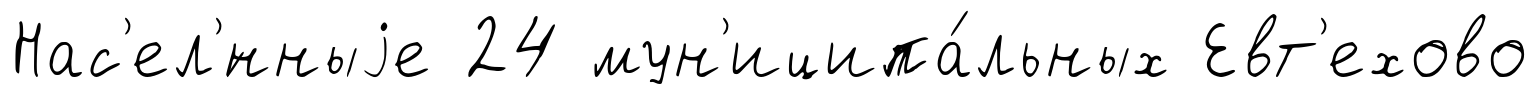
Нас'ел'́нныjе 24 мун'иципа́льных Евт'ехово